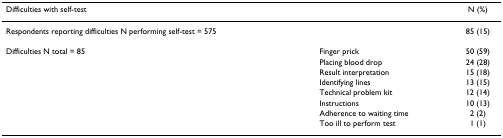
<table><thead><tr><td colspan="2"><b>Difficulties with self-test</b></td><td><b>N (%)</b></td></tr></thead><tbody><tr><td>Respondents reporting difficulties N performing self-test = 575</td><td></td><td>85 (15)</td></tr><tr><td>Difficulties N total = 85</td><td>Finger prick</td><td>50 (59)</td></tr><tr><td></td><td>Placing blood drop</td><td>24 (28)</td></tr><tr><td></td><td>Result interpretation</td><td>15 (18)</td></tr><tr><td></td><td>Identifying lines</td><td>13 (15)</td></tr><tr><td></td><td>Technical problem kit</td><td>12 (14)</td></tr><tr><td></td><td>Instructions</td><td>10 (13)</td></tr><tr><td></td><td>Adherence to waiting time</td><td>2 (2)</td></tr><tr><td></td><td>Too ill to perform test</td><td>1 (1)</td></tr></tbody></table>